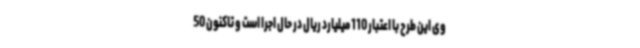
وی این طرح با اعتبار 110 میلیارد ریال در حال اجرا است و تاکنون 50